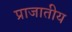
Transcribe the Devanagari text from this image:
प्राजातीय